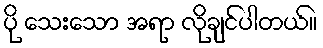
ပို သေးသော အရာ လိုချင်ပါတယ်။